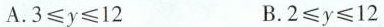
A.$$3 ≤ y ≤ 12$$ B.$$2 ≤ y ≤ 12$$